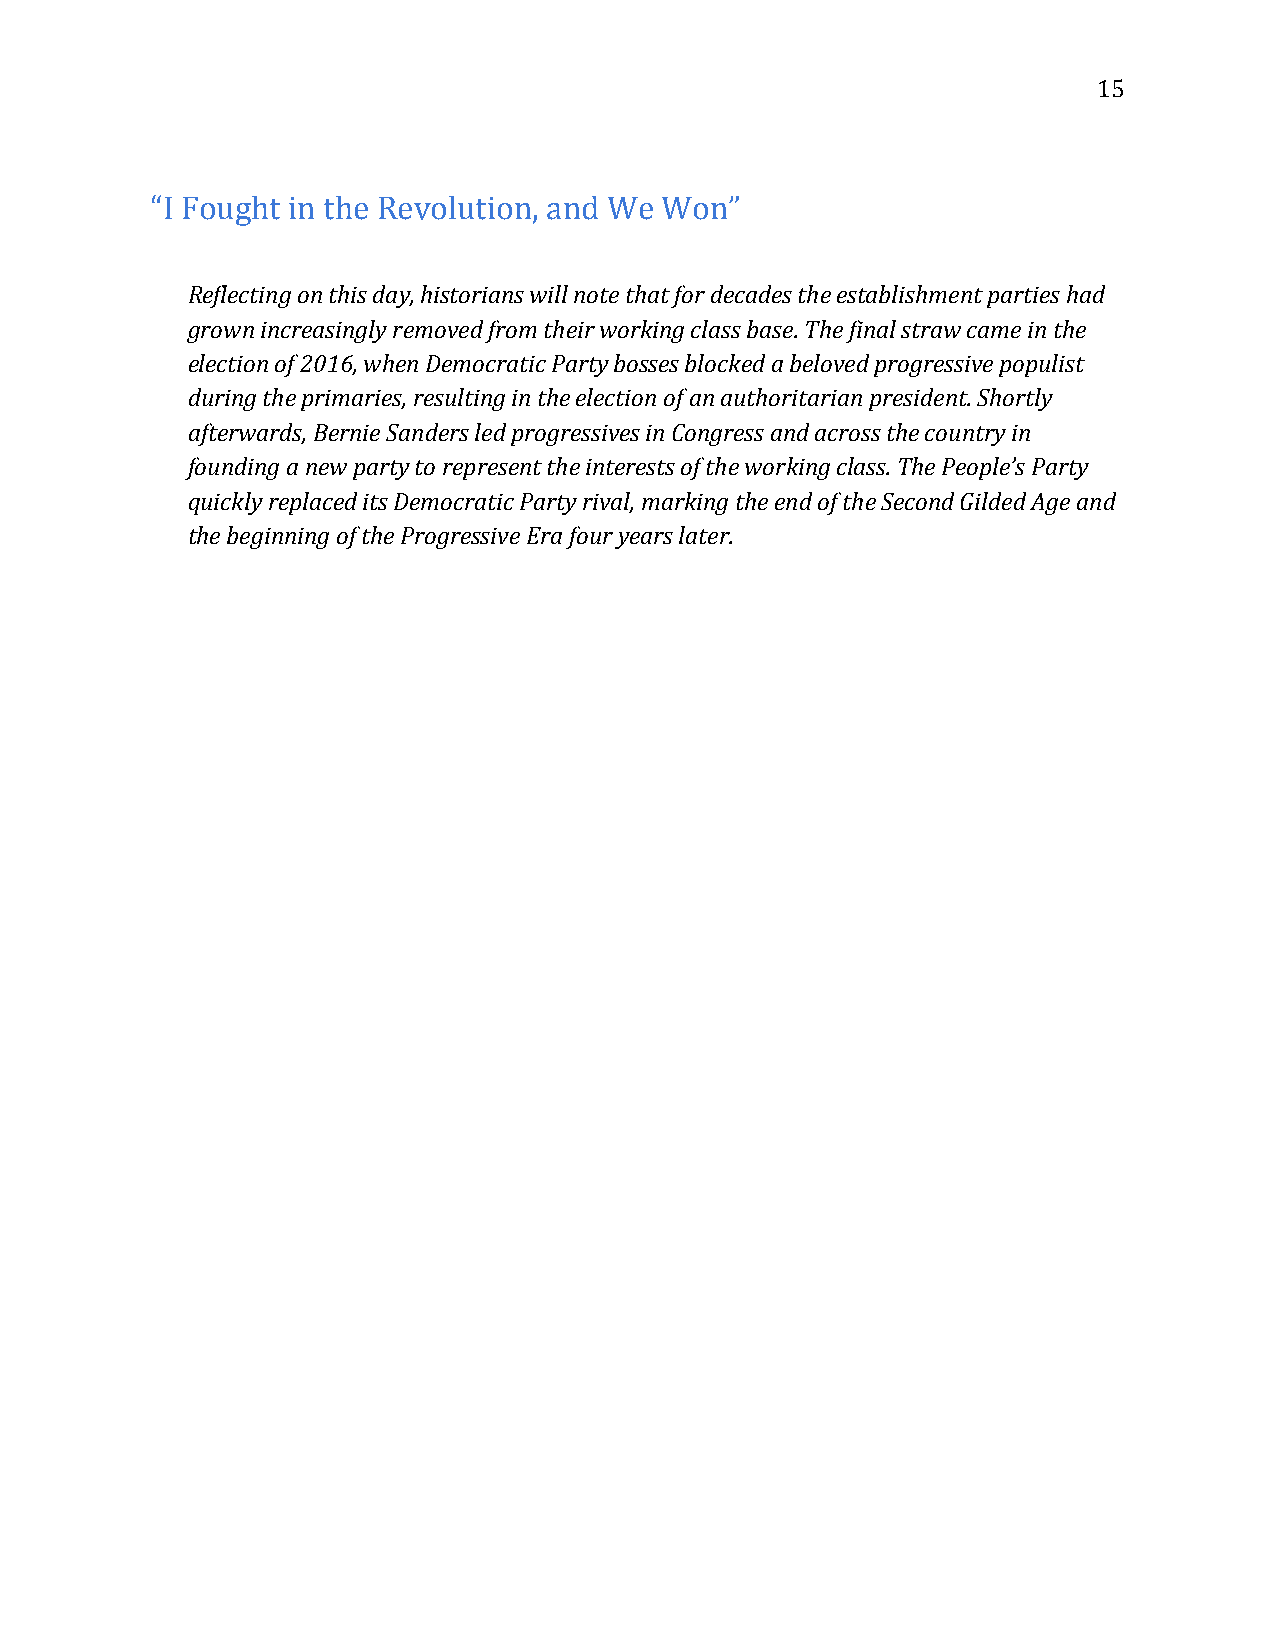
15
 “I Fought in the Revolution, and We Won”
 Reflecting on this day, historians will note that for decades the establishment parties had
 grown increasingly removed from their working class base. The final straw came in the
 election of 2016, when Democratic Party bosses blocked a beloved progressive populist
 during the primaries, resulting in the election of an authoritarian president. Shortly
 afterwards, Bernie Sanders led progressives in Congress and across the country in
 founding a new party to represent the interests of the working class. The People’s Party
 quickly replaced its Democratic Party rival, marking the end of the Second Gilded Age and
 the beginning of the Progressive Era four years later.